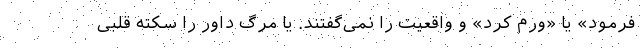
فرمود» یا «ورم کرد» و واقعیت را نمی‌گفتند. یا مرگ داور را سکته قلبی